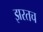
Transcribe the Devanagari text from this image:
झरतच